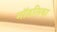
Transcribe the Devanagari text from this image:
मॉडलिका